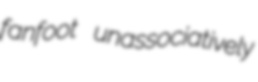
fanfoot unassociatively